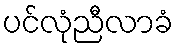
ပင်လုံညီလာခံ